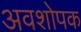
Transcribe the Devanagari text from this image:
अवशोपक